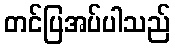
တင်ပြအပ်ပါသည်